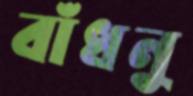
বাঁধনু